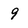
Character: 9